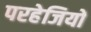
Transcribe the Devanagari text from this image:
परहेजियों